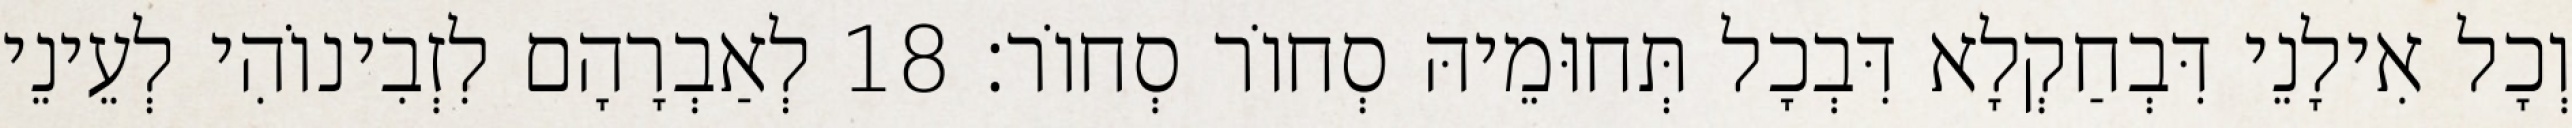
וְכָל אִילָנֵי דִּבְחַקְלָא דִּבְכָל תְּחוּמֵיהּ סְחוֹר סְחוֹר׃ 18 לְאַבְרָהָם לִזְבִינוֹהִי לְעֵינֵי